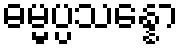
ဓမ္မပ္ပသန္နော